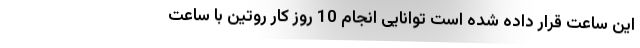
این ساعت قرار داده شده است توانایی انجام 10 روز کار روتین با ساعت